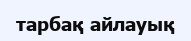
тарбақ айлауық